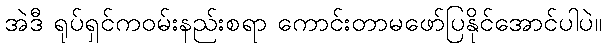
အဲဒီ ရုပ်ရှင်ကဝမ်းနည်းစရာ ကောင်းတာမဖော်ပြနိုင်အောင်ပါပဲ။